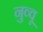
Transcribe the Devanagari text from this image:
नुव्वू